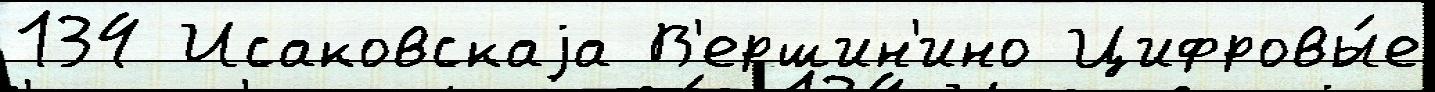
134 Исаковскаjа В'ершин'ино Цифровы́е